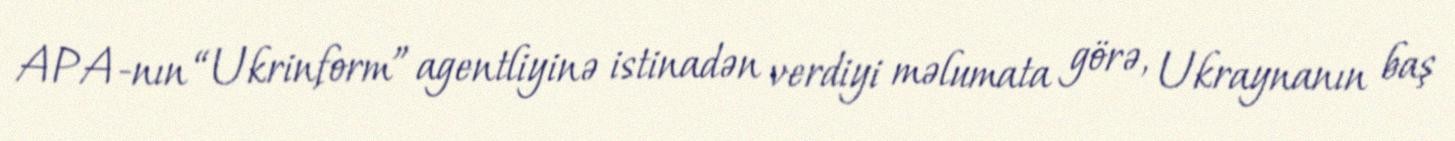
APA-nın “Ukrinform” agentliyinə istinadən verdiyi məlumata görə, Ukraynanın baş